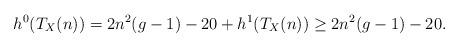
LaTeX: \begin{align*}h^0(T_X(n)) = 2 n^2 (g-1) - 20 + h^1(T_X(n)) \geq 2 n^2 (g-1) - 20.\end{align*}